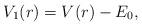
LaTeX: \begin{align*} V_1(r) = V(r) - E_0, \end{align*}